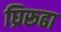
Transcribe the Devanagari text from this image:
घ्रिरूढा